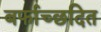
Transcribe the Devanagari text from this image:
बर्फाच्छदित